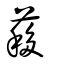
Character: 䔟